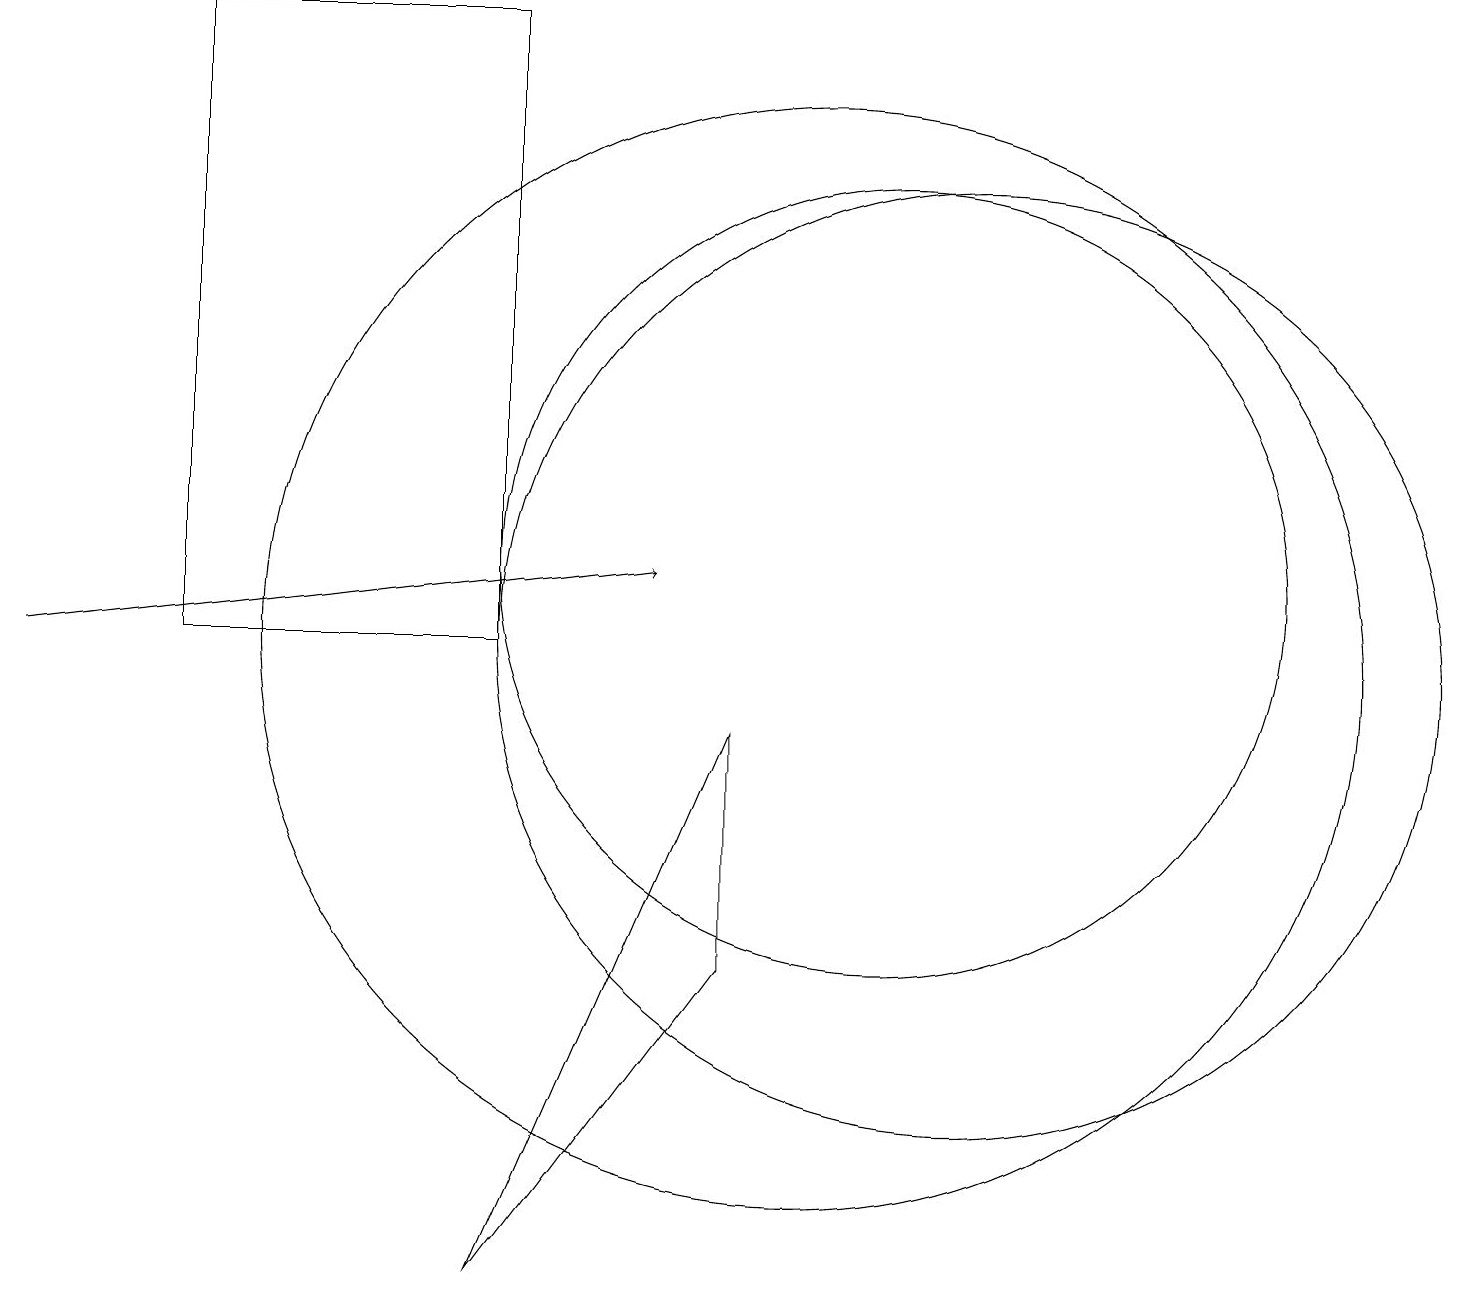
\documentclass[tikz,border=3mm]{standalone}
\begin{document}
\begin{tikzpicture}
\draw[->] (0,10) -- (8,11);
\draw (11,11) circle (5);
\draw (6,18) rectangle (2,10);
\draw (10,10) circle (7);
\draw (9,6) -- (9,9) -- (6,2) -- cycle;
\draw (12,10) circle (6);
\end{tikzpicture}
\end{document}